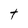
Character: t